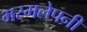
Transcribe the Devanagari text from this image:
भस्मलेपनी